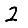
Digit: 2